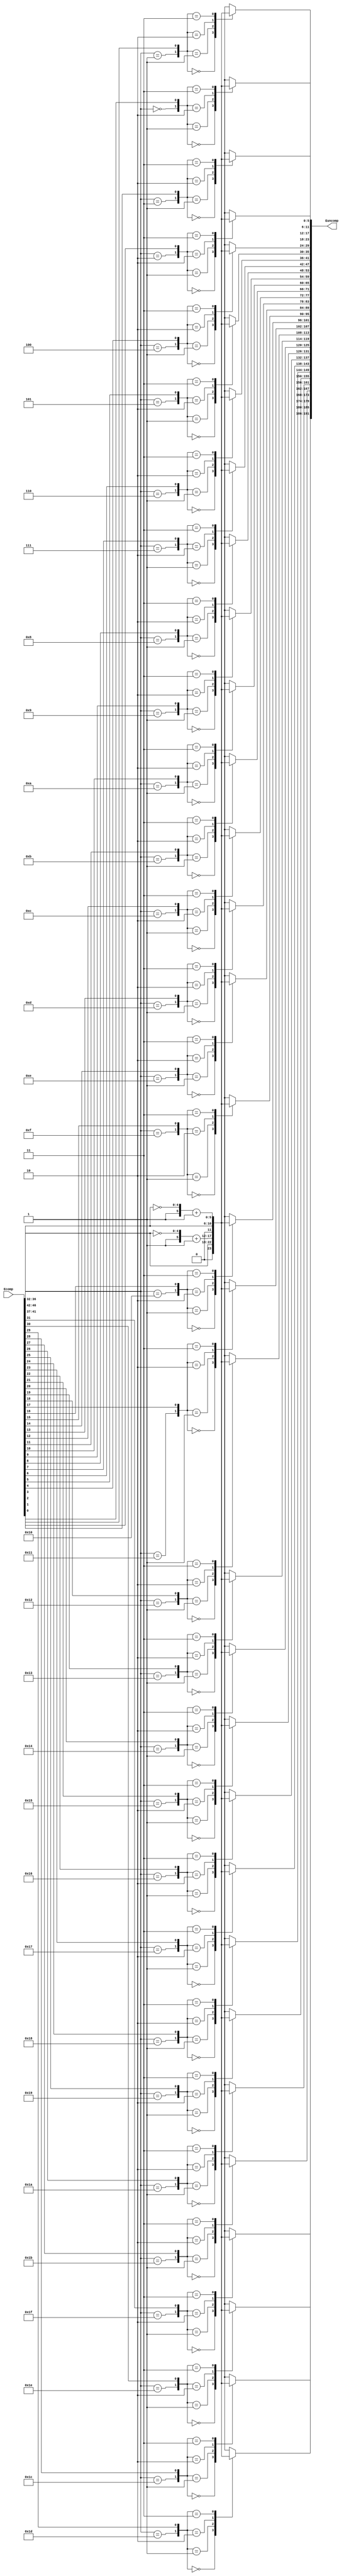
`timescale 1ns / 1ps
//////////////////////////////////////////////////////////////////////////////////
// Company: 
// Engineer: 
// 
// Create Date: 
// Design Name: 
// Module Name: recovunit
// Project Name: 
// Target Devices: 
// Tool Versions: 
// Description: 
// 
// Dependencies: 
// 
// Revision:
// Revision 0.01 - File Created
// Additional Comments:
// per row Ecomp = Min1, Min2, Pos, UpdatedSignbits
// ((W-1)+(W-1)+5+18)
//////////////////////////////////////////////////////////////////////////////////


module recovunit_ne(Euncomp, Ecomp);
parameter Wc=32;
parameter Wcbits = 5;
parameter W=6;
parameter Wabs=W-1;
parameter ECOMPSIZE = (2*(W-1))+Wcbits+Wc;
output[(Wc*W)-1:0] Euncomp; 
input[ECOMPSIZE-1:0] Ecomp;



wire[Wabs-1:0] Min1mag, Min2mag;
wire[W-1:0] posMin1, negMin1, posMin2, negMin2;
wire [Wcbits-1:0] Pos;
wire [Wc-1:0] UpdatedSign;

reg [W-1:0] E[Wc-1:0];
wire [Wc-1:0] poseq;



assign {Min1mag, Min2mag, Pos, UpdatedSign} = Ecomp;


genvar i;
generate for(i=0;i<=Wc-1;i=i+1) begin: loop1
  
  always@(*)
  begin  
    case({Pos == i,UpdatedSign[i]})
      2'b00: E[i] = {1'b0,Min1mag};
      2'b01: E[i] = {1'b1,~Min1mag}+1'b1;
      2'b10: E[i] = {1'b0,Min2mag};
      2'b11: E[i] = {1'b1,~Min2mag}+1'b1;
     // default: E[i] = 0;
    endcase
  end
  
  
assign Euncomp[((i+1)*W)-1:(i*W)] = E[i];
end
endgenerate

endmodule